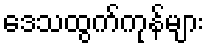
ဒေသထွက်ကုန်များ